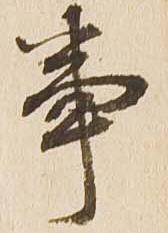
事